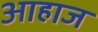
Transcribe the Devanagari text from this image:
आहाज